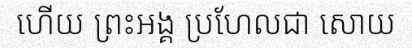
ហើយ ព្រះអង្គ ប្រហែលជា សោយ